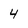
Character: 4